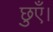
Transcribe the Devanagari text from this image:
छुएँ।